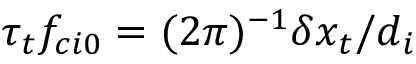
\tau _ { t } f _ { c i 0 } = ( 2 \pi ) ^ { - 1 } \delta x _ { t } / d _ { i }